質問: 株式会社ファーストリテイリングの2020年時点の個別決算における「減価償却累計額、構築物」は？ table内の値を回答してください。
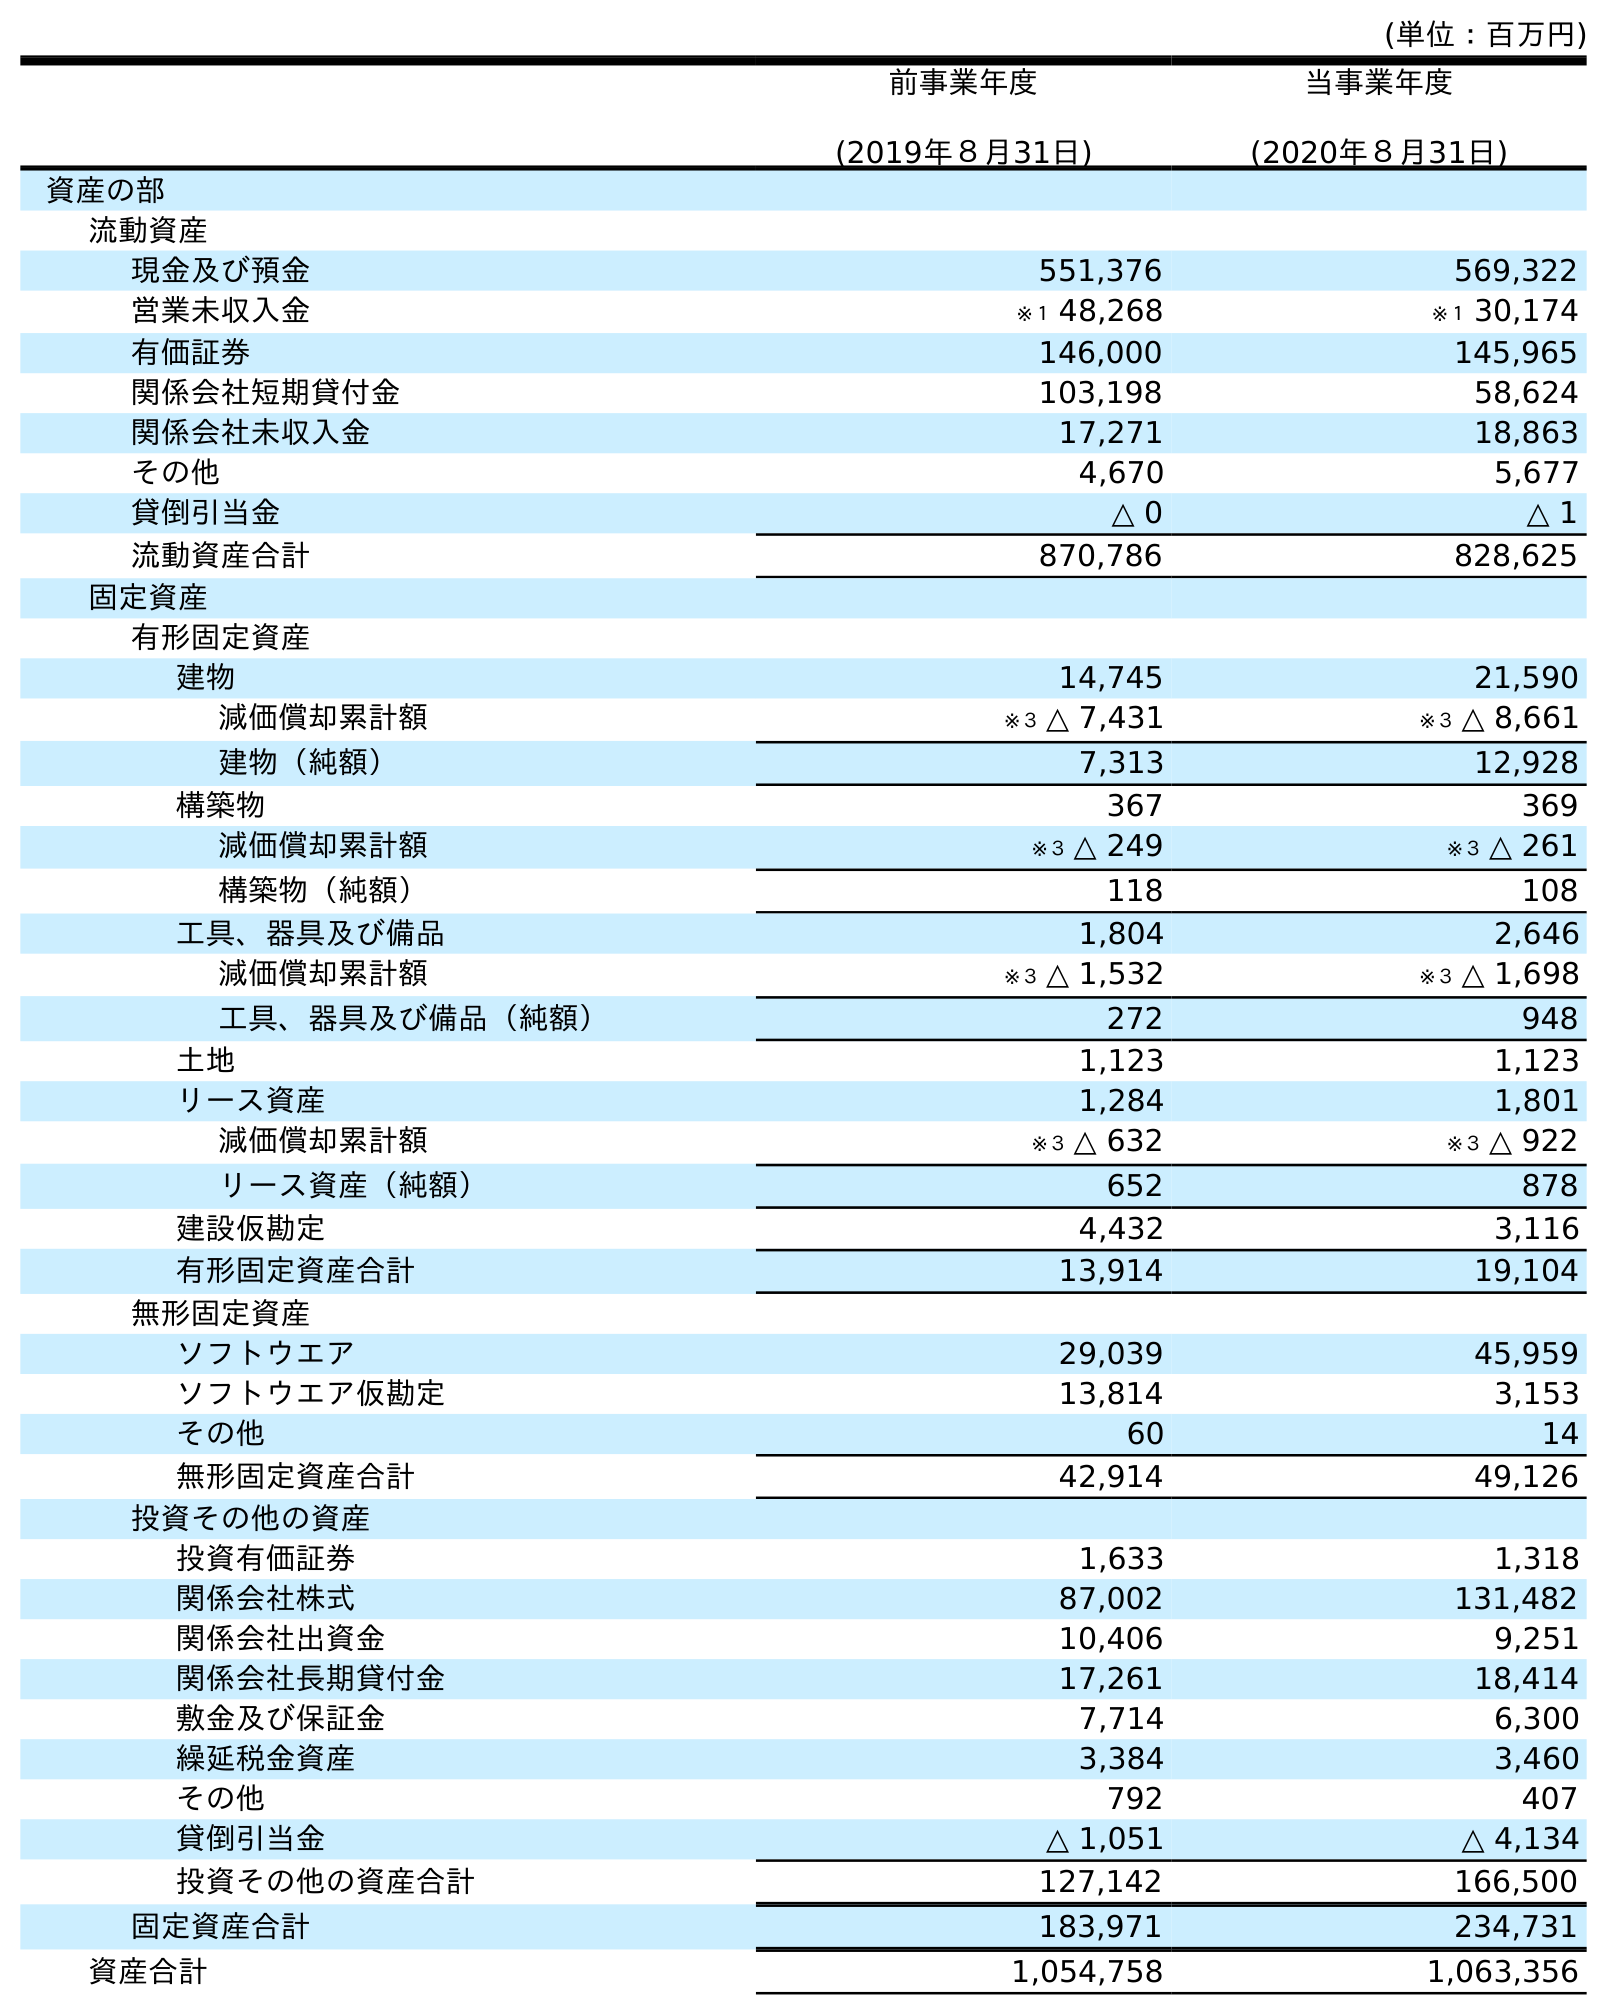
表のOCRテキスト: (単位：百万円) 前事業年度 (2019年８月31日) 当事業年度 (2020年８月31日) 資産の部 流動資産 現金及び預金 551,376 569,322 営業未収入金 ※１ 48,268 ※１ 30,174 有価証券 146,000 145,965 関係会社短期貸付金 103,198 58,624 関係会社未収入金 17,271 18,863 その他 4,670 5,677 貸倒引当金 △ 0 △ 1 流動資産合計 870,786 828,625 固定資産 有形固定資産 建物 14,745 21,590 減価償却累計額 ※３ △ 7,431 ※３ △ 8,661 建物（純額） 7,313 12,928 構築物 367 369 減価償却累計額 ※３ △ 249 ※３ △ 261 構築物（純額） 118 108 工具、器具及び備品 1,804 2,646 減価償却累計額 ※３ △ 1,532 ※３ △ 1,698 工具、器具及び備品（純額） 272 948 土地 1,123 1,123 リース資産 1,284 1,801 減価償却累計額 ※３ △ 632 ※３ △ 922 リース資産（純額） 652 878 建設仮勘定 4,432 3,116 有形固定資産合計 13,914 19,104 無形固定資産 ソフトウエア 29,039 45,959 ソフトウエア仮勘定 13,814 3,153 その他 60 14 無形固定資産合計 42,914 49,126 投資その他の資産 投資有価証券 1,633 1,318 関係会社株式 87,002 131,482 関係会社出資金 10,406 9,251 関係会社長期貸付金 17,261 18,414 敷金及び保証金 7,714 6,300 繰延税金資産 3,384 3,460 その他 792 407 貸倒引当金 △ 1,051 △ 4,134 投資その他の資産合計 127,142 166,500 固定資産合計 183,971 234,731 資産合計 1,054,758 1,063,356
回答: ※３△261